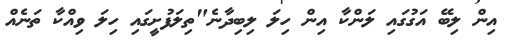
އިން ލިބޭ އަގުގައި ލަންކާ އިން ހިލަ ލިބިދާނެ"ތިލަފުށީގައި ހިލަ ވިއްކާ ތަނެއް